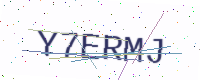
Text: Y7ERMJ